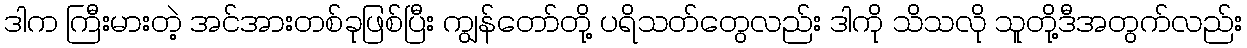
ဒါက ကြီးမားတဲ့ အင်အားတစ်ခုဖြစ်ပြီး ကျွန်တော်တို့ ပရိသတ်တွေလည်း ဒါကို သိသလို သူတို့ဒီအတွက်လည်း